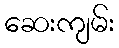
ဆေးကျမ်း